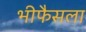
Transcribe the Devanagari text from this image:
भीफैसला